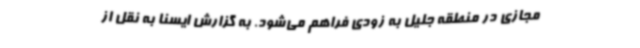
مجازی در منطقه جلیل به زودی فراهم می‌شود. به گزارش ایسنا به نقل از